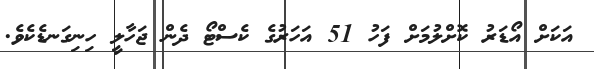
އަކަށް އޯޑަރު ކޮށްލުމަށް ފަހު 51 އަހަރުގެ ކެސްޓޯ ދެން ޖަހާލީ ހިނިގަނޑެކެވެ.